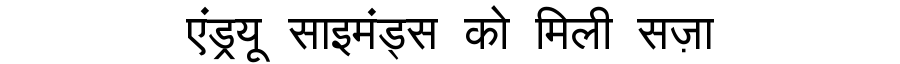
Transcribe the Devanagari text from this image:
एंड्रयू साइमंड्स को मिली सज़ा